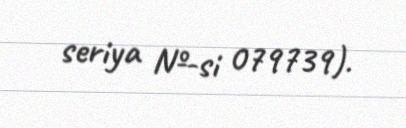
seriya №-si 079739).